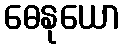
ဓေနုယော